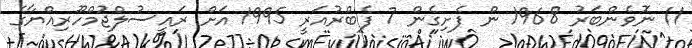
11 ނޮވެންބަރު 1968 ން ފެށިގެން 7 ފެބްރުއަރީ 1995 އަށް ރައީސުލްޖުމްހޫރިއްޔާގެ